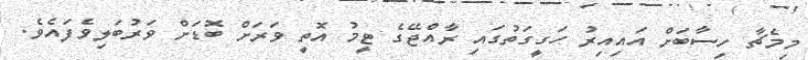
މިމެޗާ ހިސާބަށް އައިއިރު ހަގީގަތުގައި ރާއްޖޭގެ ޓީމު އޮތީ ވަރަށް ބޮޑަށް ވަރުބަލިވެފައެވެ.